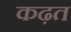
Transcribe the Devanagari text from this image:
कढ़त